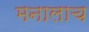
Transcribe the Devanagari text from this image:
मनालाच